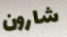
شارون